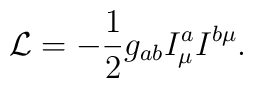
{\cal L}=-\frac{1}{2}g_{ab}I^a_{\mu}I^{b\mu}.